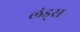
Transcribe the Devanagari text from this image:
लंड्स